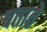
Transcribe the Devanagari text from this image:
बतातेे